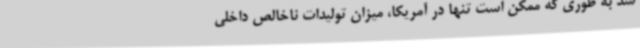
شد به طوری که ممکن است تنها در آمریکا، میزان تولیدات ناخالص داخلی